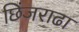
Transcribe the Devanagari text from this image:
छिंजराढा